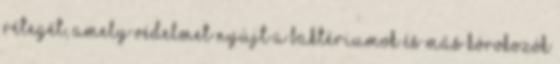
rétegét, amely védelmet nyújt a baktériumok és más kórokozók